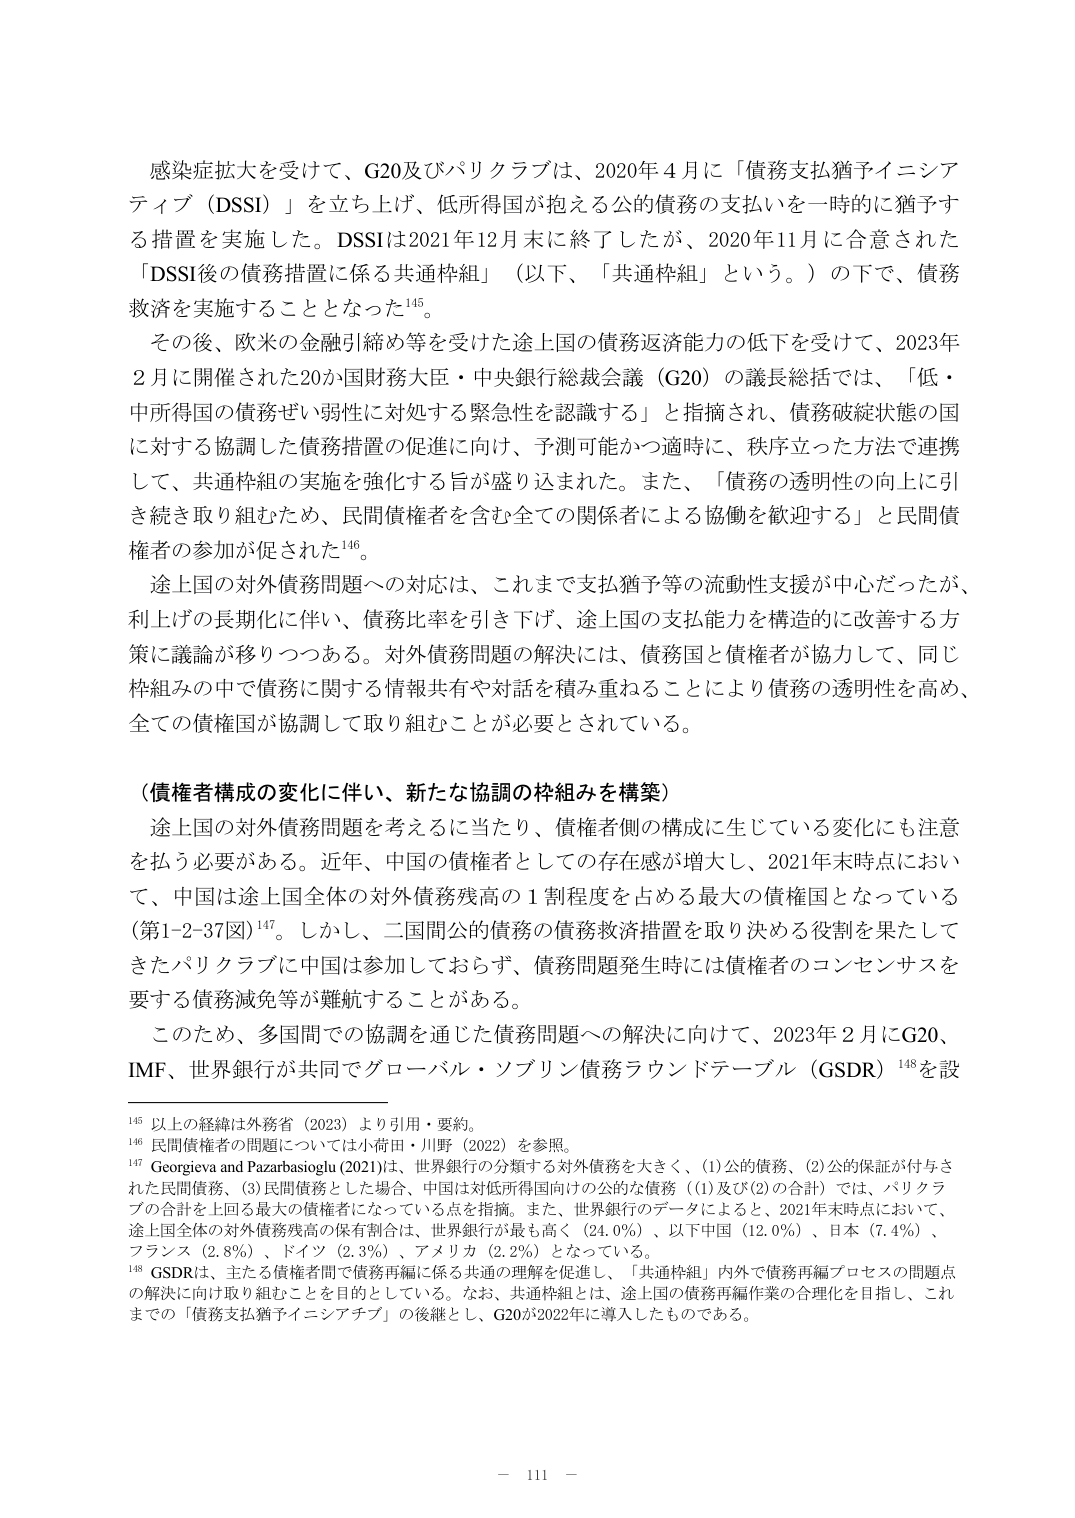
感染症拡大を受けて、G20及びパリクラブは、2020年4月に「債務支払猶予イニシアティブ（DSSI）」を立ち上げ、低所得国が抱える公的債務の支払いを一時的に猶予する措置を実施した。DSSIは2021年12月末に終了したが、2020年11月に合意された「DSSI後の債務措置に係る共通枠組」（以下、「共通枠組」という。）の下で、債務救済を実施することとなった¹⁴⁵。

その後、欧米の金融引締め等を受けた途上国の債務返済能力の低下を受けて、2023年2月に開催された20か国財務大臣・中央銀行総裁会議（G20）の議長総括では、「低・中所得国の債務ぜい弱性に対処する緊急性を認識する」と指摘され、債務破綻状態の国に対する協調した債務措置の促進に向け、予測可能かつ適時に、秩序立った方法で連携して、共通枠組の実施を強化する旨が盛り込まれた。また、「債務の透明性の向上に引き続き取り組むため、民間債権者を含む全ての関係者による協働を歓迎する」と民間債権者の参加が促された¹⁴⁶。

途上国の対外債務問題への対応は、これまで支払猶予等の流動性支援が中心だったが、利上げの長期化に伴い、債務比率を引き下げ、途上国の支払能力を構造的に改善する方策に議論が移りつつある。対外債務問題の解決には、債務国と債権者が協力して、同じ枠組みの中で債務に関する情報共有や対話を積み重ねることにより債務の透明性を高め、全ての債権国が協調して取り組むことが必要とされている。

（債権者構成の変化に伴い、新たな協調の枠組みを構築）

途上国の対外債務問題を考えるに当たり、債権者側の構成に生じている変化にも注意を払う必要がある。近年、中国の債権者としての存在感が増大し、2021年末時点において、中国は途上国全体の対外債務残高の1割程度を占める最大の債権国となっている（第1-2-37図）¹⁴⁷。しかし、二国間公的債務の債務救済措置を取り決める役割を果たしてきたパリクラブに中国は参加しておらず、債務問題発生時には債権者のコンセンサスを要する債務減免等が難航することがある。

このため、多国間での協調を通じた債務問題への解決に向けて、2023年2月にG20、IMF、世界銀行が共同でグローバル・ソブリン債務ラウンドテーブル（GSDR）¹⁴⁸を設

¹⁴⁵ 以上の経緯は外務省（2023）より引用・要約。

¹⁴⁶ 民間債権者の問題については小荷田・川野（2022）を参照。

¹⁴⁷ Georgieva and Pazarbasioglu（2021）は、世界銀行の分類する対外債務を大きく、（1）公的債務、（2）公的保証が付与された民間債務、（3）民間債務とした場合、中国は対低所得国向けの公的な債務（（1）及び（2）の合計）では、パリクラブの合計を上回る最大の債権者になっている点を指摘。また、世界銀行のデータによると、2021年末時点において、途上国全体の対外債務残高の保有割合は、世界銀行が最も高く（24.0％）、以下中国（12.0％）、日本（7.4％）、フランス（2.8％）、ドイツ（2.3％）、アメリカ（2.2％）となっている。

¹⁴⁸ GSDRは、主たる債権者間で債務再編に係る共通の理解を促進し、「共通枠組」内外で債務再編プロセスの問題点の解決に向け取り組むことを目的としている。なお、共通枠組とは、途上国の債務再編作業の合理化を目指し、これまでの「債務支払猶予イニシアティブ」の後継とし、G20が2022年に導入したものである。

－ 111 －